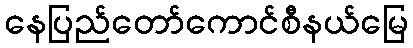
နေပြည်တော်ကောင်စီနယ်မြေ